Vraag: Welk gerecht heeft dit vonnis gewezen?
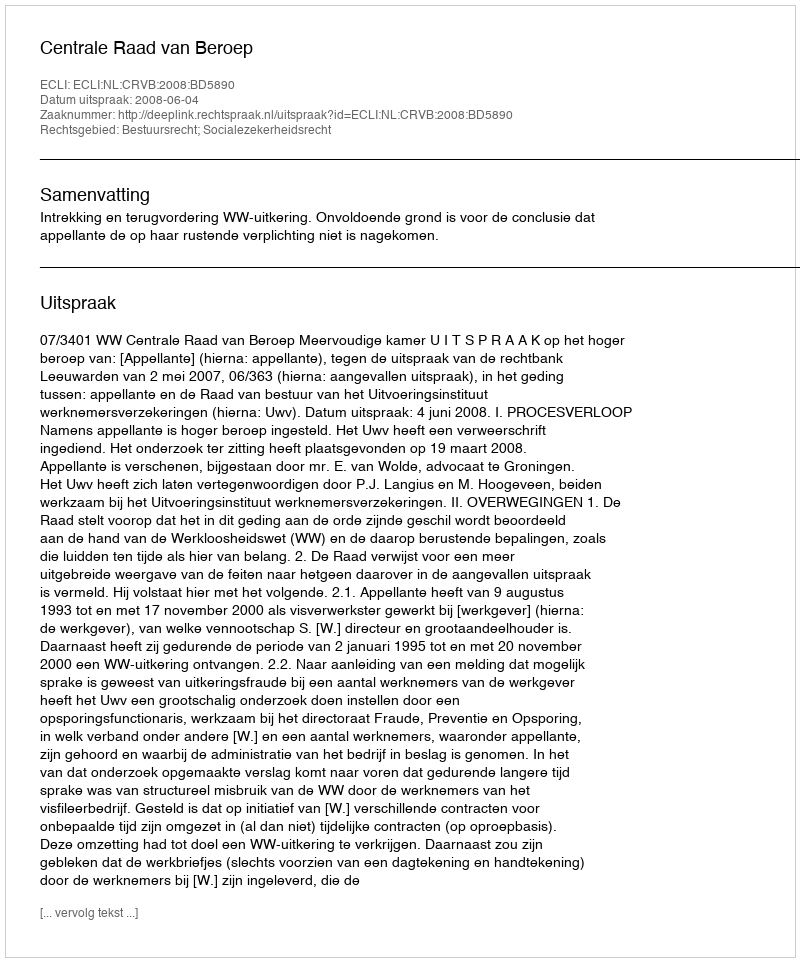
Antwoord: Centrale Raad van Beroep